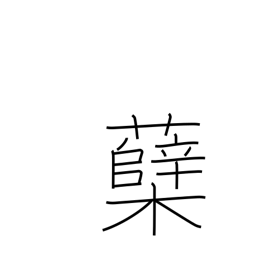
Meaning: sprout